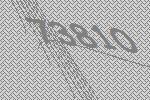
73810